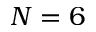
N = 6